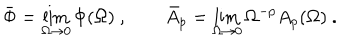
\bar { \Phi } = \lim _ { \Omega \to 0 } \Phi ( \Omega ) ~ , \qquad \bar { A } _ { p } = \lim _ { \Omega \to 0 } \Omega ^ { - p } A _ { p } ( \Omega ) ~ .